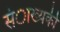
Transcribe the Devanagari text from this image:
संाख्यकी